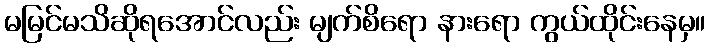
မမြင်မသိဆိုရအောင်လည်း မျက်စိရော နားရော ကွယ်ထိုင်းနေမှ။